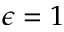
\epsilon = 1